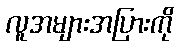
လူအများအပြားကို